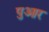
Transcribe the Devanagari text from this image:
पुआर